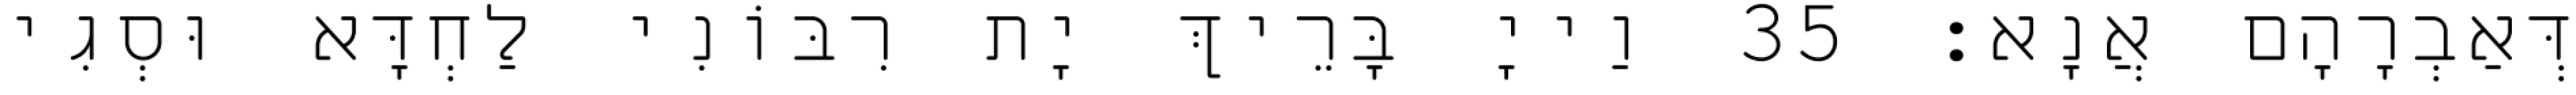
דְּאַבְרָהָם אֲנָא׃ 35 וַייָ בָּרֵיךְ יָת רִבּוֹנִי לַחְדָּא וּסְגִי